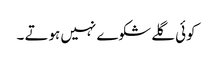
کوئی گلے شکوے نہیں ہوتے ۔